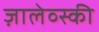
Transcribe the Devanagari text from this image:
ज़ालेव्स्की